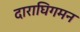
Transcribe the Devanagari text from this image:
दाराघिगमन